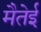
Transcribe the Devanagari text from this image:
मैतेई